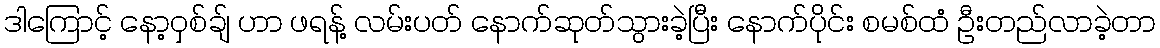
ဒါကြောင့် နော့ဝှစ်ချ် ဟာ ဖရန့် လမ်းပတ် နောက်ဆုတ်သွားခဲ့ပြီး နောက်ပိုင်း စမစ်ထံ ဦးတည်လာခဲ့တာ